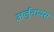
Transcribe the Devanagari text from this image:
अर्जुनायस